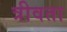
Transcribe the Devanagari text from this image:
त्रीवता